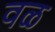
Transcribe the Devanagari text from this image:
वळ